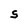
Character: S